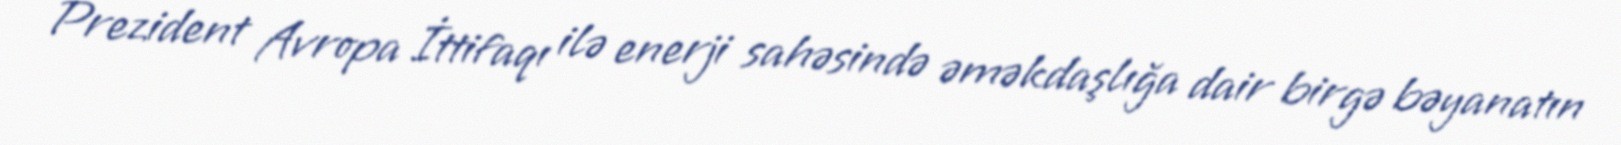
Prezident Avropa İttifaqı ilə enerji sahəsində əməkdaşlığa dair birgə bəyanatın